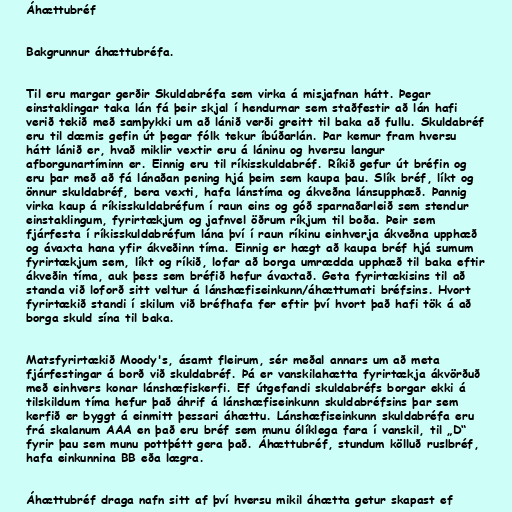
Áhættubréf

Bakgrunnur áhættubréfa.

Til eru margar gerðir Skuldabréfa sem virka á misjafnan hátt. Þegar
einstaklingar taka lán fá þeir skjal í hendurnar sem staðfestir að lán hafi
verið tekið með samþykki um að lánið verði greitt til baka að fullu. Skuldabréf
eru til dæmis gefin út þegar fólk tekur íbúðarlán. Þar kemur fram hversu
hátt lánið er, hvað miklir vextir eru á láninu og hversu langur
afborgunartíminn er. Einnig eru til ríkisskuldabréf. Ríkið gefur út bréfin og
eru þar með að fá lánaðan pening hjá þeim sem kaupa þau. Slík bréf, líkt og
önnur skuldabréf, bera vexti, hafa lánstíma og ákveðna lánsupphæð. Þannig
virka kaup á ríkisskuldabréfum í raun eins og góð sparnaðarleið sem stendur
einstaklingum, fyrirtækjum og jafnvel öðrum ríkjum til boða. Þeir sem
fjárfesta í ríkisskuldabréfum lána því í raun ríkinu einhverja ákveðna upphæð
og ávaxta hana yfir ákveðinn tíma. Einnig er hægt að kaupa bréf hjá sumum
fyrirtækjum sem, líkt og ríkið, lofar að borga umrædda upphæð til baka eftir
ákveðin tíma, auk þess sem bréfið hefur ávaxtað. Geta fyrirtækisins til að
standa við loforð sitt veltur á lánshæfiseinkunn/áhættumati bréfsins. Hvort
fyrirtækið standi í skilum við bréfhafa fer eftir því hvort það hafi tök á að
borga skuld sína til baka.

Matsfyrirtækið Moody's, ásamt fleirum, sér meðal annars um að meta
fjárfestingar á borð við skuldabréf. Þá er vanskilahætta fyrirtækja ákvörðuð
með einhvers konar lánshæfiskerfi. Ef útgefandi skuldabréfs borgar ekki á
tilskildum tíma hefur það áhrif á lánshæfiseinkunn skuldabréfsins þar sem
kerfið er byggt á einmitt þessari áhættu. Lánshæfiseinkunn skuldabréfa eru
frá skalanum AAA en það eru bréf sem munu ólíklega fara í vanskil, til „D“
fyrir þau sem munu pottþétt gera það. Áhættubréf, stundum kölluð ruslbréf,
hafa einkunnina BB eða lægra.

Áhættubréf draga nafn sitt af því hversu mikil áhætta getur skapast ef